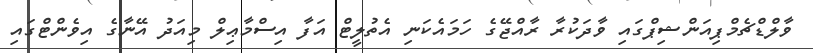
ވާލްޑްޗެމްޕިއަންޝިޕްގައި ވާދަކުރާ ރާއްޖޭގެ ހަމައެކަނި އެތުލީޓް އަފާ އިސްމާޢިލް މިއަދު އޭނާގެ އިވެންޓްގައި